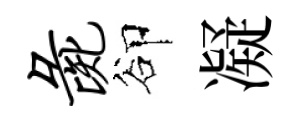
彘卻凝